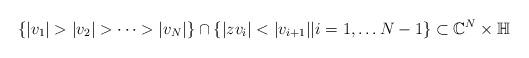
LaTeX: \begin{align*}\{ |v_1| > |v_2| > \dots > |v_N|\} \cap \{ |zv_i| < |v_{i+1}| | i = 1, \dots N-1\} \subset \mathbb C^N \times \mathbb H\end{align*}